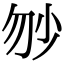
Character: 𡭥